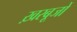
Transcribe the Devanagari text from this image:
ख़रबूजों